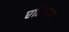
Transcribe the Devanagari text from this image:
एलियेन